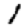
Digit: 1